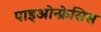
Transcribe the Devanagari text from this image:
पाइओन्फ्रेसिस